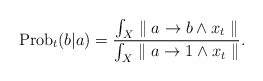
\begin{align*}{\rm Prob}_t(b|a)={{\int_{X} \parallel a\rightarrow b\wedge x_t \parallel}\over{\int_{X} \parallel a\rightarrow 1\wedge x_t \parallel}}.\end{align*}